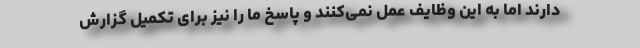
دارند اما به این وظایف عمل نمی‌کنند و پاسخ ما را نیز برای تکمیل گزارش